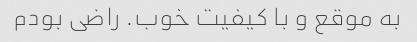
به موقع و با کیفیت خوب. راضی بودم